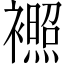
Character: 𬡰